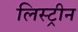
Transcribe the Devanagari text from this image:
लिस्ट्रीन